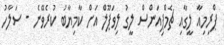
ޕްރިމިއާ ލީގާއި ޗެމްޕިއަންސް ލީގު ލިވަޕޫލް އަށް ކާމިޔާބު ކުރެވޭނެ - ސަލާހު